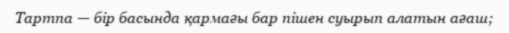
Тартпа — бір басында қармағы бар пішен суырып алатын ағаш;